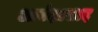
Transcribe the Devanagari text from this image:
आनंदप्रसाद